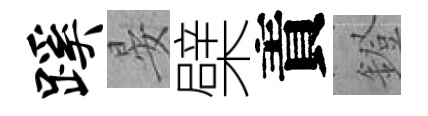
蹊晏檗責鐙